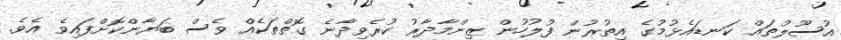
އުސޫލުތައް ކަނޑައެޅުމުގެ އިތުރުން ފުލުހުން ޒިންމާދާރު ކުރެވިދާނެ ގޮތްތަކެއް ވެސް ބަޔާންކޮށްފައިވެ އެވެ.